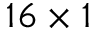
1 6 \times 1